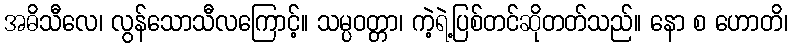
အဓိသီလေ၊ လွန်သောသီလကြောင့်။ သမ္ပဝတ္တာ၊ ကဲ့ရဲ့ပြစ်တင်ဆိုတတ်သည်။ နော စ ဟောတိ၊